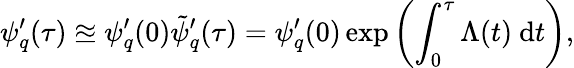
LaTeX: \psi_{q}^{\prime}(\tau)\approxeq\psi_{q}^{\prime}(0)\tilde{\psi}_{q}^{\prime}(\tau)=\psi_{q}^{\prime}(0)\exp\left(\int_{0}^{\tau}\Lambda(t)\mathrm{~d}t\right),